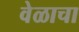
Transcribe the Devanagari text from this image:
वेळाचा